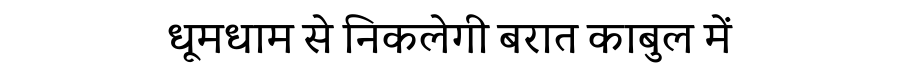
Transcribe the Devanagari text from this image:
धूमधाम से निकलेगी बरात काबुल में